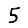
Digit: 5